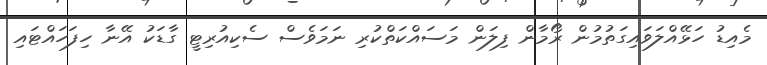
މެއިޑު ހަޅޭއްލަވައިގަތުމުން ރޯމާން ފިލަން މަސައްކަތްކުރި ނަމަވެސް ސެކިއުރިޓީ ގާޑަކު އޭނާ ހިފަހައްޓައި